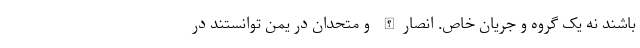
باشند نه یک گروه و جریان خاص. انصارالله و متحدان در یمن توانستند در